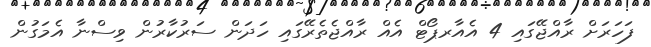
ފަހަރަށް ރާއްޖޭގައި 4 އެއާރޕޯޓް އެއް ރާއްޖެތެރޭގައި ހަދަން ސަރުކާރުން ވިސްނާ އެމަގުން